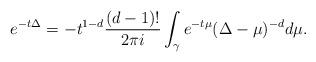
LaTeX: \begin{align*}e^{-t\Delta}=-t^{1-d}\frac{(d-1)!}{2\pi i}\int_{\gamma}e^{-t\mu}(\Delta-\mu)^{-d}d\mu.\end{align*}